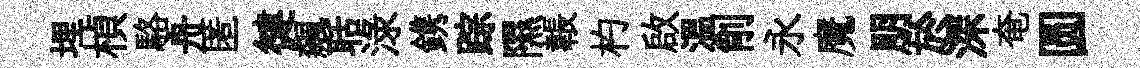
埋楨駱舟匿徤飆聒渌鎸踪隰韔杓啟温削永魔朋於深奄圆